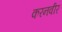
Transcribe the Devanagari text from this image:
करनवीर